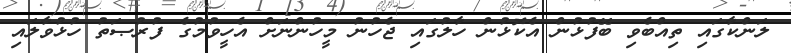
ލަންކާގައި ތިއްބެވި ބޭފުޅުން އެކޮޅުން ހާލުގައި ޖެހުނު މީހުންނަށް އެހީވުމުގެ ފުރުޞަތު ހުޅުވާލައި